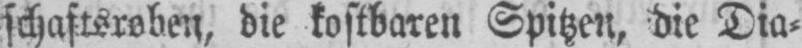
schaftsroben, die kostbaren Spitzen, die Dia⸗